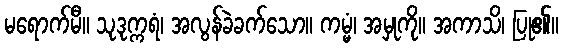
မရောက်မီ။ သုဒုက္ကရံ၊ အလွန်ခဲခက်သော။ ကမ္မံ၊ အမှုကို။ အကာသိ၊ ပြု၏။